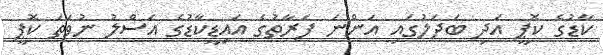
ކާޑުގެ ކޮޕީ އަދި ބަދަލުގައި އަންނަ ފަރާތުގެ އައިޑީކާޑުގެ އަސްލު ނުވަތަ ކޮޕީ